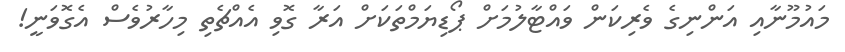
މައުމޫނާއި އަންނިގެ ވެރިކަން ވައްޓާލުމަށް ޕޯޑިޔަމްތަކަށް އަރާ ގޮވި އެއްޗެތި މިހާރުވެސް އެގޮވަނީ!